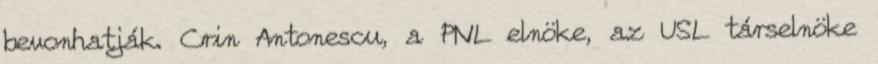
bevonhatják. Crin Antonescu, a PNL elnöke, az USL társelnöke